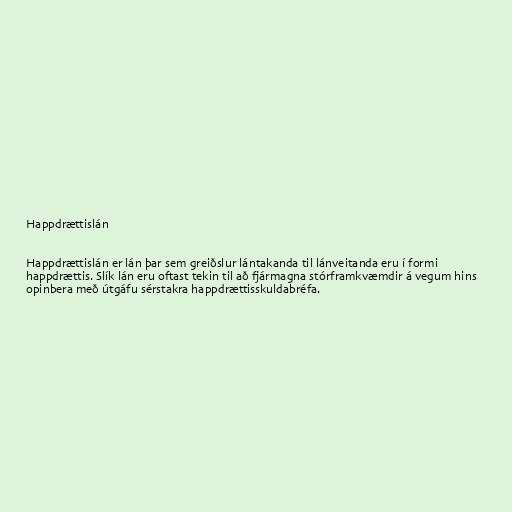
Happdrættislán

Happdrættislán er lán þar sem greiðslur lántakanda til lánveitanda eru í formi
happdrættis. Slík lán eru oftast tekin til að fjármagna stórframkvæmdir á vegum hins
opinbera með útgáfu sérstakra happdrættisskuldabréfa.